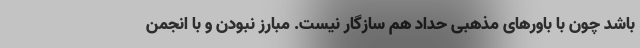
باشد چون با باورهای مذهبی حداد هم سازگار نیست. مبارز نبودن و با انجمن